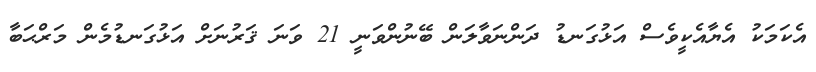
އެކަމަކު އެޔާއެކީވެސް އަޅުގަނޑު ދަންނަވާލަން ބޭނުންވަނީ 21 ވަނަ ޤަރުނަށް އަޅުގަނޑުމެން މަރްޙަބާ